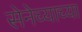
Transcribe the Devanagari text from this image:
सेनेच्याच्या